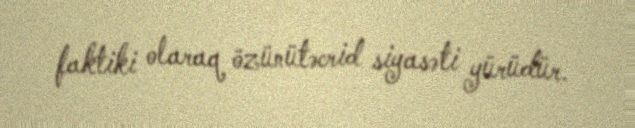
faktiki olaraq özünütəcrid siyasəti yürüdür.